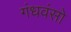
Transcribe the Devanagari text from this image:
गंधवंसो